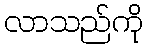
လာသည်ကို